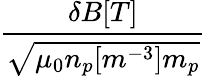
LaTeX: \frac{\delta B[T]}{\sqrt{\mu_{0}n_{p}[m^{-3}]m_{p}}}